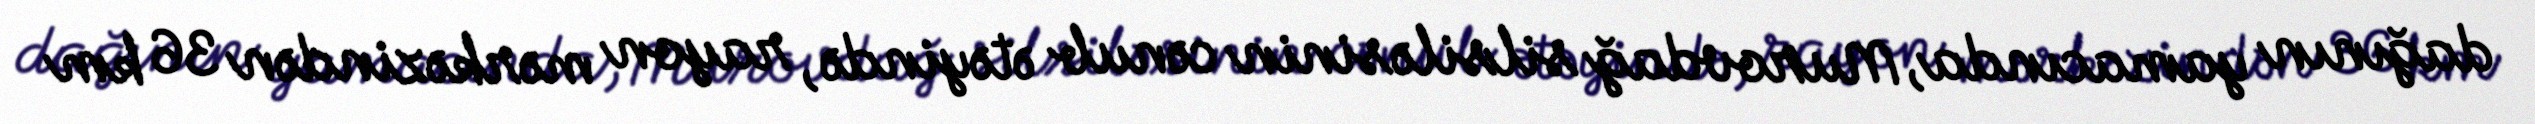
dağının yamacında, Murovdağ silsiləsinin cənub ətəyində, rayon mərkəzindən 36 km